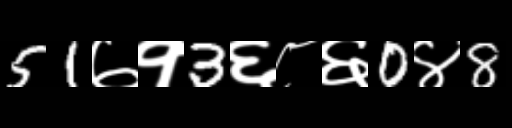
Text: 51७१3६८६0४8